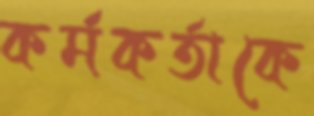
কর্মকর্তাকে